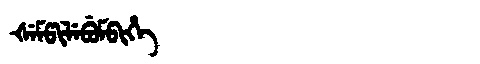
Manchu: ᡧᡝᠮᡦᡳᠯᡝᠪᡠᠮᠪᡳᡥᡝ
Romanization: ŠEMPILEBUMBIHE